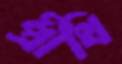
প্রীথি